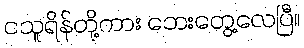
ငသူရိန်တို့ကား ဘေးတွေ့လေပြီ။